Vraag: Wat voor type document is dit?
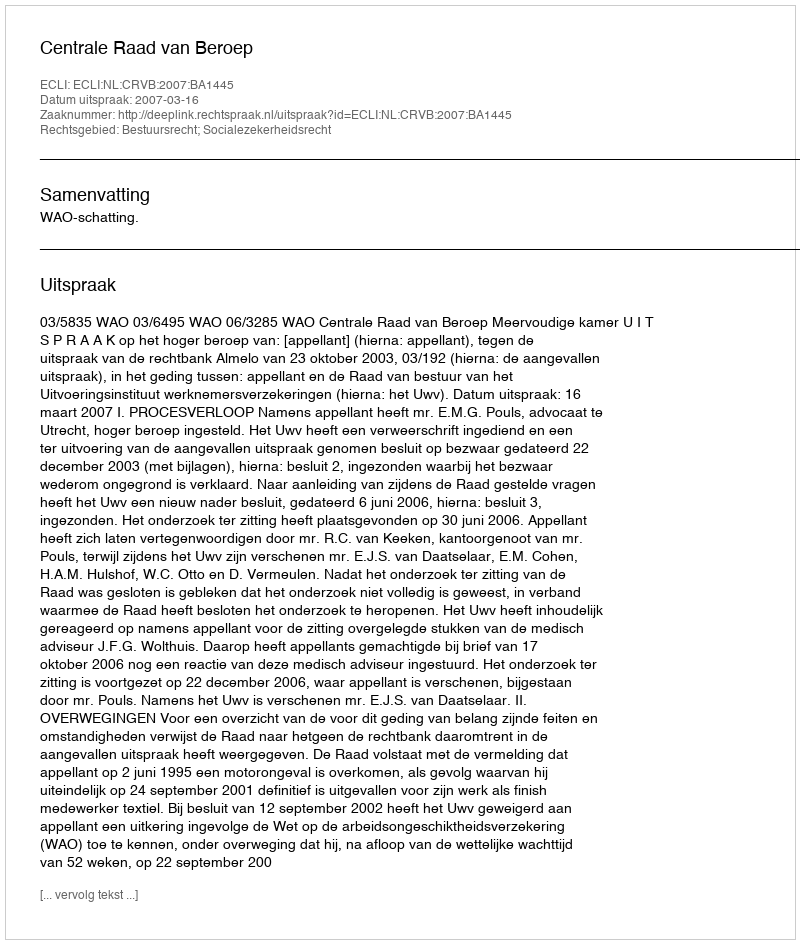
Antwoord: Uitspraak